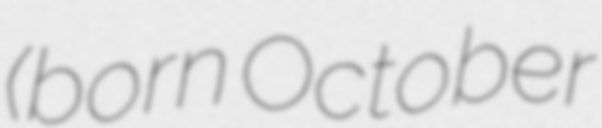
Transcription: (born October